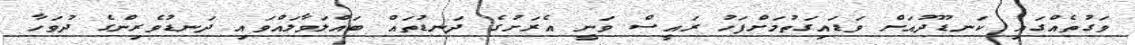
ވަގުތެއްގައި ކަނޑޫދުއަށް ވަޑައިގަތުމަށްފަހު ރައީސް ވަނީ އެރަށުގެ ދަނޑުތައް ބައްލަވާލައްވައި ދަނޑުވެރިންގެ ދުވަހާ